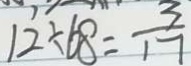
1 2 \div 6 8 = \frac { 3 } { 1 7 }